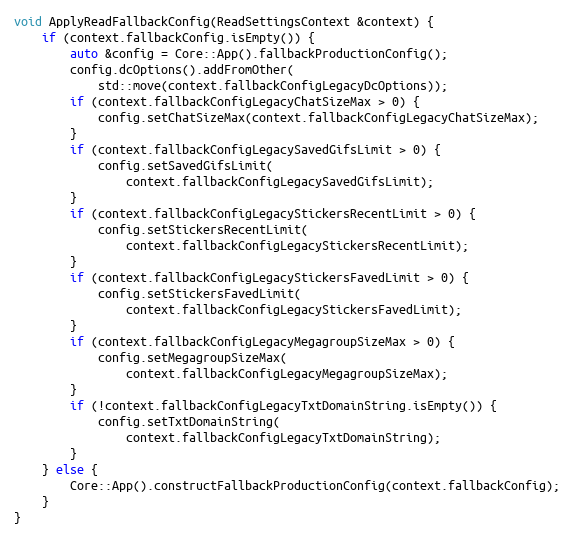
Language: C++
void ApplyReadFallbackConfig(ReadSettingsContext &context) {
	if (context.fallbackConfig.isEmpty()) {
		auto &config = Core::App().fallbackProductionConfig();
		config.dcOptions().addFromOther(
			std::move(context.fallbackConfigLegacyDcOptions));
		if (context.fallbackConfigLegacyChatSizeMax > 0) {
			config.setChatSizeMax(context.fallbackConfigLegacyChatSizeMax);
		}
		if (context.fallbackConfigLegacySavedGifsLimit > 0) {
			config.setSavedGifsLimit(
				context.fallbackConfigLegacySavedGifsLimit);
		}
		if (context.fallbackConfigLegacyStickersRecentLimit > 0) {
			config.setStickersRecentLimit(
				context.fallbackConfigLegacyStickersRecentLimit);
		}
		if (context.fallbackConfigLegacyStickersFavedLimit > 0) {
			config.setStickersFavedLimit(
				context.fallbackConfigLegacyStickersFavedLimit);
		}
		if (context.fallbackConfigLegacyMegagroupSizeMax > 0) {
			config.setMegagroupSizeMax(
				context.fallbackConfigLegacyMegagroupSizeMax);
		}
		if (!context.fallbackConfigLegacyTxtDomainString.isEmpty()) {
			config.setTxtDomainString(
				context.fallbackConfigLegacyTxtDomainString);
		}
	} else {
		Core::App().constructFallbackProductionConfig(context.fallbackConfig);
	}
}